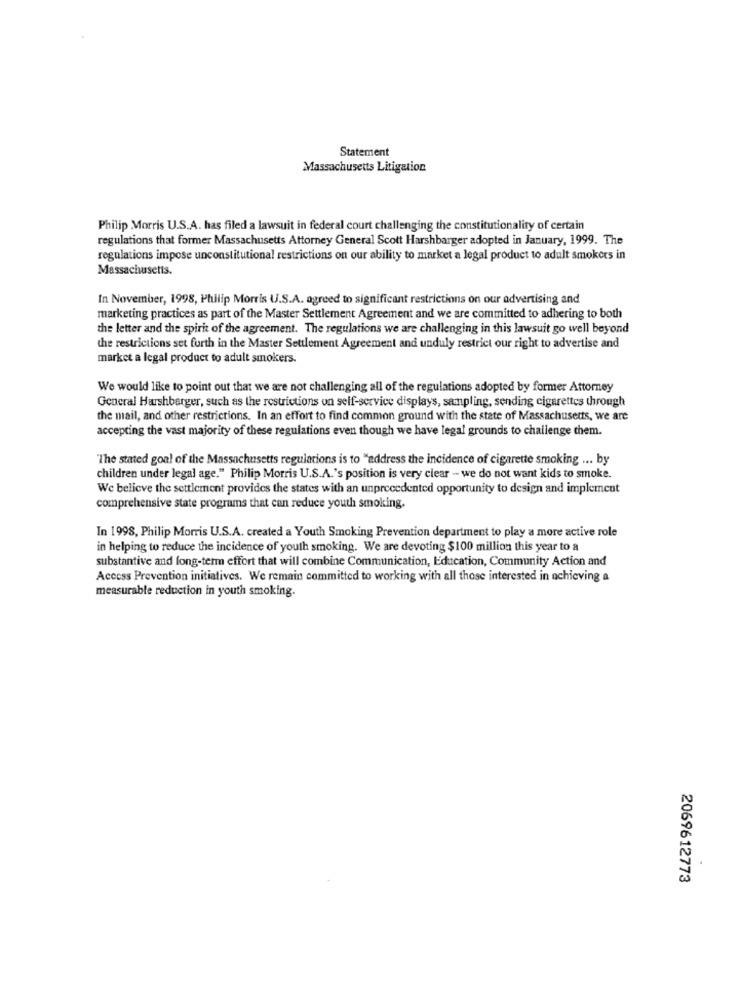
Statement
Massachusetts Litigation
Philip Morris U.S.A. has filed a lawsuit in federal court challenging the constitutionality of certain
regulations that former Massachusetts Attorney General Scott Harshbarger adopted in January, 1999. The
regulations impose unconstitutional restrictions on our ability to market a legal product to adult smokers in
Massachusetts.
In November, 1998, Philip Morris U.S.A. agreed to significant restrictions on our advertising and
marketing practices as part of the Master Settlement Agreement and we are committed to adhering to both
the letter and the spirit of the agreement. The regulations we are challenging in this lawsuit go well beyond
the restrictions set forth in the Master Settlement Agreement and unduly restrict our right to advertise and
market a legal product to adult smokers.
We would like to point out that we are not challenging all of the regulations adopted by former Attorney
General Harshberger, such as the restrictions on self-service displays, sampling, sending cigarettes through
the mail, and other restrictions. In an effort to find common ground with the state of Massachusetts, we are
accepting the vast majority of these regulations even though we have legal grounds to challenge them.
"The stated goal of the Massachusetts regulations is to "address the incidence of cigarette smoking ... by
children under legal age." Philip Morris U.S.A.'s position is very clear - we do not want kids to smoke.
We believe the settlement provides the states with an unprecedented opportunity to design and implement
comprehensive state programs that can reduce youth smoking.
In 1998, Philip Morris U.S.A. created a Youth Smoking Prevention department to play a more active role
in helping to reduce the incidence of youth smoking. We are devoting $100 million this year to a
substantive and long-term effort that will combine Communication, Education, Community Action and
Access Prevention initiatives. We remain committed to working with all those interested in achieving a
measurable reduction in youth smoking.
2069612773